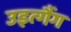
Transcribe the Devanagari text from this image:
उइत्गैंग